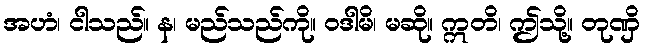
အဟံ၊ ငါသည်။ န၊ မည်သည်ကို။ ဝဒါမိ၊ မဆို။ ဣတိ၊ ဤသို့။ တုဏှိ